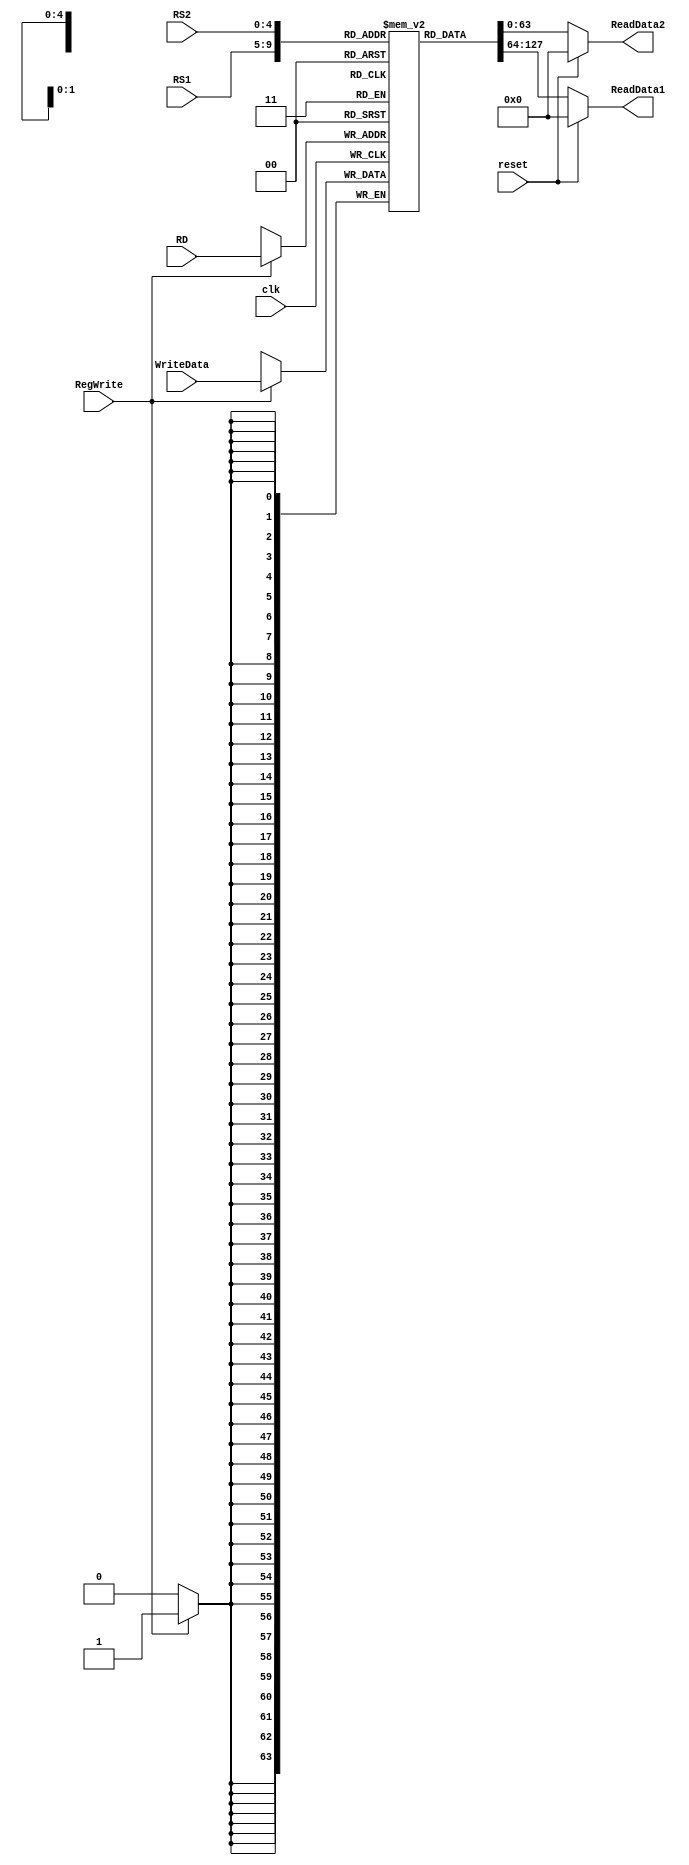
`timescale 1ns / 1ps


module registerFile
( input [63:0]WriteData,
input [4:0]RS1,
input [4:0]RS2,
input [4:0]RD,
input RegWrite, clk, reset, 
output reg [63:0]ReadData1,
output reg [63:0]ReadData2
);
reg[63:0] Registers [31:0]; //initialize Registers with random values (using 'initial' block)
initial
begin
Registers[0] = 64'd0;
Registers[1] = 64'd0;
Registers[2] = 64'd0;
Registers[3] = 64'd0;
Registers[4] = 64'd0;
Registers[5] = 64'd0;
Registers[6] = 64'd0;
Registers[7] = 64'd0;
Registers[8] = 64'd0;
Registers[9] = 64'd0;
Registers[10] = 64'd0;
Registers[11] = 64'd8;
Registers[12] = 64'd0;
Registers[13] = 64'd0;
Registers[14] = 64'd0;
Registers[15] = 64'd0;
Registers[16] = 64'd0;
Registers[17] = 64'd0;
Registers[18] = 64'd0;
Registers[19] = 64'd0;
Registers[20] = 64'd0;
Registers[21] = 64'd0;
Registers[22] = 64'd0;
Registers[23] = 64'd0;
Registers[24] = 64'd0;
Registers[25] = 64'd0;
Registers[26] = 64'd0;
Registers[27] = 64'd0;
Registers[28] = 64'd0;
Registers[29] = 64'd0;
Registers[30] = 64'd0;
Registers[31] = 64'd0;
end
//operation of writing data into a Register should always be done when
//positive edge of clock and RegWrite signal is asserted (or set, i.e. High)

always @ (*)
begin
if(reset)
begin
ReadData1 = 64'b0;
ReadData2 = 64'b0;
end
else
begin
ReadData1 = Registers[RS1];
ReadData2 = Registers[RS2];
end
end
always @ (negedge clk)
begin
if (RegWrite == 1'b1) Registers[RD] = WriteData;

end
endmodule